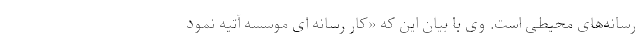
رسانه‌های محیطی است. وی با بیان این که «کار رسانه ای موسسه آتیه نمود